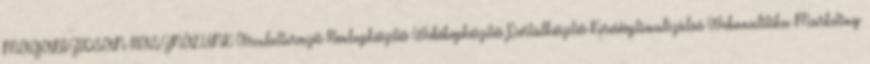
MAGABIZTOSAN HASZNÁLUNK Arculattervezés Honlapkészítés Webshopkészítés Portálkészítés Keresőoptimalizálás Webanalitika Marketing